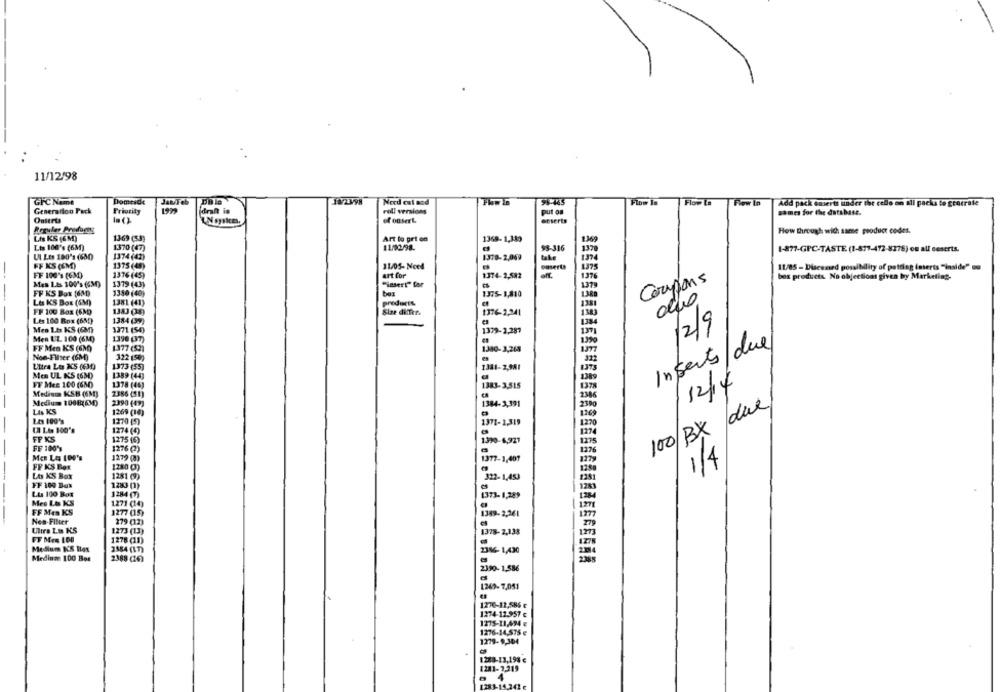
11/12/98
Domesde
Jat Feb
95-445
Flow In
Flow La
Flow In
GFC Name
Necd est and
Add pack Gmserti under the cello on all packs le grocrate
Generation Pack
Priority
draht in
roll versions
put on
sames for the database.
of offert
esserts
Reguler Prodorns
How thurough wich same product codes.
Lis KS (6M)
1369 (53)
Art lo prt en
1368- 1,380
Lts 100's (6M)
1370 (47)
11/02/98.
$3-316
1370
1-877-GPC-TASTE (1-877-472-8378) on all seserts.
UI Les 180's (650)
1374 (42)
1378-2,069
1574
FF KS (EM)
1375 (48)
11/05-Need
1975
11/85 - Discamed possibility of putting inserts "inside" so
FF 100's (6M)
1376 (45)
art for
1374-2,582
137%
box products No objections given by Marketing-
Mes L.Es 100's (630)
1379 (43)
"insert" for
Coupons
FF KS Box [680)
1350 (40)
1375-1,810
Le KS Box (SM)
1381 (41)
products
FF 100 Box (63)
1383 (35)
Size differ.
1776 2,941
Les 100 Box (6Ng)
1384 (9)
Men 1.6 KS (OM)
1371 (54)
1579- 1297
12/9
Men UL 100 (6M)
1390 (37)
Insects due
FF Men KS (6M)
1377 (53)
1500- 3,26
Non-Fliser (GM)
322 (50)
332
1373 (55)
1981-2,981
Men UL IS (63)
1389 (44)
FY MeE 100 (680)
1378 (46)
1983- 3515
Medine KSB (6M)
2386 (51)
/12/14
Medium= 1000(630
2390 (49)
2386
1384-3,391
2900
100/Bx due
LAs KS
1269 (10)
Les 100's
1270 [5)
1971-1,319
1270
(A Lis 100's
1274 (0)
FF KS
1275 (6)
1.390-6,927
FF 100's
1276 (2)
1279 (8)
1377-1,407
1/4
FF KS Box
1280 ()
Les KS Box
1281 (9)
322-1,453
FF 100 Bus
1280 (1)
1200
LAs 100 Box
1284 (7)
1373- 1,289
Mes Le KS
1.271 (14)
FF Mes KS
1277 (15)
1271
1389- 2261
1877
Nes-Filter
279 (12)
1273 (13)
1378-2,138
FF Men 100
1278 (11)
1275
Medium KS Bles
Mediume 100 Ber
2388 (16)
1249- 7,051
1270-12,586 e
1274-12.957 €
1275-11,494 e
1276-14,575 e
1279-9,304
1288-13,198'e
1281-7,319
[283-14,241 €